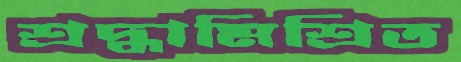
শ্রদ্ধামিশ্রিত